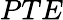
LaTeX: PTE